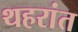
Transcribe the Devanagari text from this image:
थहरांत